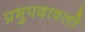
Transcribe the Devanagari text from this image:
प्रभुपदावली